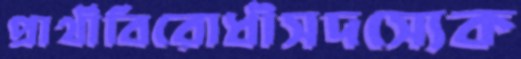
প্রার্থীবিরোধীসদস্যেক